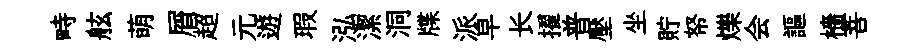
畤舷萌屑超元遊瑕泓潔洞牒派早长擢普壓坐貯帑爍会謳檣菩